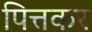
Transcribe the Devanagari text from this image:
पित्तकर